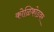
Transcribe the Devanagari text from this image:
कोळिकोडवर